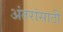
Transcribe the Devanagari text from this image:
अंतरांसाठी